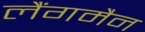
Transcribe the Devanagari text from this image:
लैंगमैन